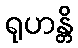
ရုဟန္တိ